Lunatic asylums Central Provinces reports 1874-1885 - 1874-1885
Year: 1874
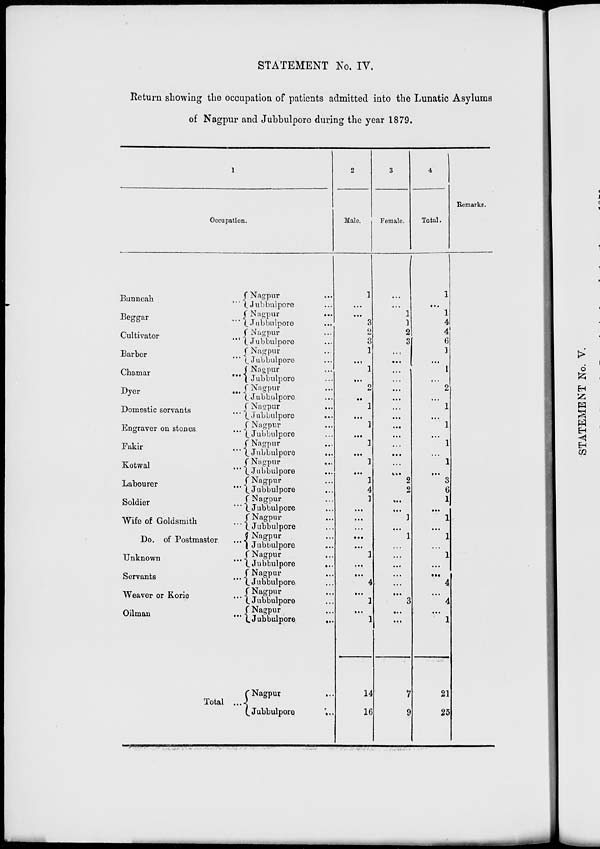
STATEMENT No. IV.
Return showing the occupation of patients admitted into the Lunatic Asylums
of Nagpur and Jubbulpore during the year 1879.
1
Occupation.
Bunneah
...
Beggar
...
Cultivator
...
Barber
...
Chamar
...
Dyer
...
Domestic servants
...
Engraver on stones
...
Fakir
...
Kotwal
...
Labourer
...
Soldier
...
Wife of Goldsmith ...
Do. of Postmaster
...
Unknown
...
Servants ...
Weaver or Korie ...
Oilman ...
Total ...
Nagpur ...
Jubbulpore ...
Nagpur
...
Jubbulpore ...
Nagpur ...
Jubbulpore ...
Nagpur ...
Jubbulpore ...
Nagpur ...
Jubbulpore ...
Nagpur ...
Jubbulpore ...
Nagpur ...
Jubbulpore ...
Nagpur ...
Jubbulpore ...
Nagpur ...
Jubbulpore
...
Nagpur
...
Jubbulpore ...
Nagpur ...
Jubbulpore ...
Nagpur ...
Jubbulpore ...
Nagpur ...
Jubbulpore ...
Nagpur ...
Jubbulpore ...
Nagpur ...
Jubbulpore
...
Nagpur ...
Jubbulpore ...
Nagpur ...
Jubbulpore ...
Nagpur ...
Jubbulpore
...
Nagpur ...
Jubbulpore
...
2
Male.
1
...
...
3
2
3
1
...
1
...
2
...
1
...
1
...
1
...
1
...
1
4
1
...
...
...
...
...
1
...
...
4
...
1
...
1
14
16
3
Female.
...
...
1
1
2
3
...
...
...
...
...
...
...
...
...
...
...
...
...
...
2
2
...
...
1
...
1
...
...
...
...
...
...
3
...
...
7
9
4
Total.
1
...
1
4
4
6
1
...
1
...
2
...
1
...
1
...
1
...
1
...
3
6
1
...
1
...
1
...
1
...
...
4
...
4
...
1
21
25
Remarks.